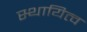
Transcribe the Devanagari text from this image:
स्थायित्‍व